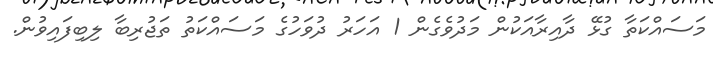
މަސައްކަތާ ގުޅޭ ދާއިރާއަކުން މަދުވެގެން 1 އަހަރު ދުވަހުގެ މަސައްކަތު ތަޖުރިބާ ލިބިފައިވުން.